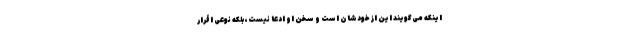
اینکه می‌گویند این از خودشان است و سخن او ادعا نیست، بلکه نوعی اقرار